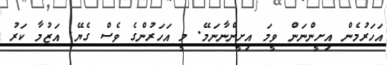
އަހަރުމެން އިށީންނަން ވީމަ އިށީންނާނަމޭ. މީ އަހަރުންގެ ވެސް ގެޔޭ. އަޒުމާ ކަރު